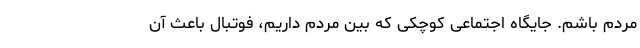
مردم باشم. جایگاه اجتماعی کوچکی که بین مردم داریم، فوتبال باعث آن